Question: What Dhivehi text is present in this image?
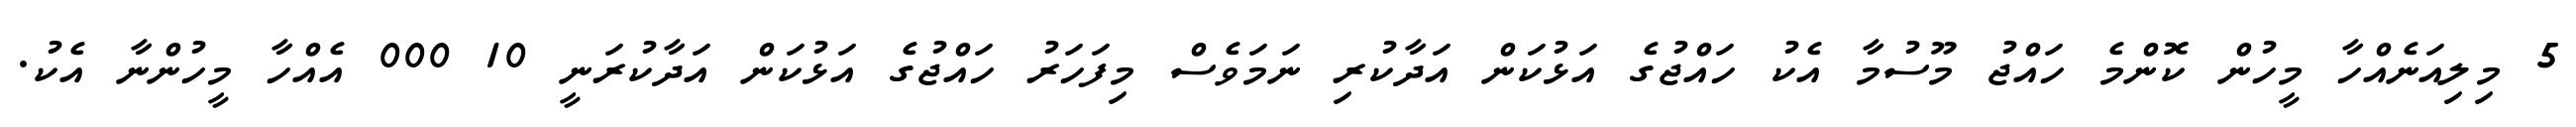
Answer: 5 މިލިއަނެއްހާ މީހުން ކޮންމެ ހައްޖު މޫސުމާ އެކު ހައްޖުގެ އަޅުކަން އަދާކުރި ނަމަވެސް މިފަހަރު ހައްޖުގެ އަޅުކަން އަދާކުރަނީ 10 000 އެއްހާ މީހުންނާ އެކު.